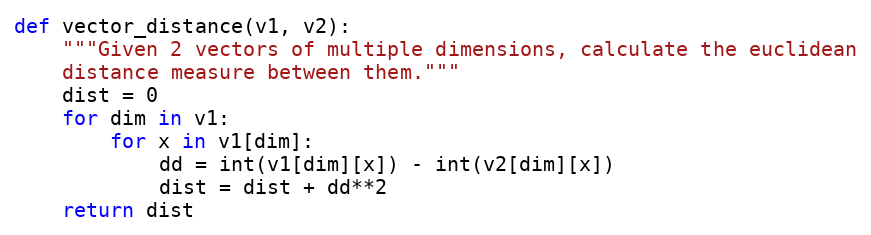
Language: Python
def vector_distance(v1, v2):
    """Given 2 vectors of multiple dimensions, calculate the euclidean
    distance measure between them."""
    dist = 0
    for dim in v1:
        for x in v1[dim]:
            dd = int(v1[dim][x]) - int(v2[dim][x])
            dist = dist + dd**2
    return dist